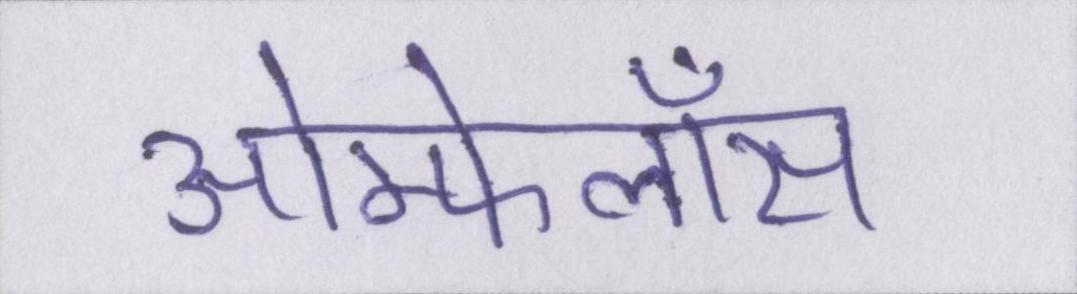
ओम्फेलॉस